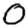
Digit: 0